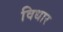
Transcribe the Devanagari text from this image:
विधार